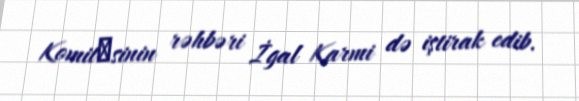
Komitәsinin rəhbəri İgal Karmi də iştirak edib.